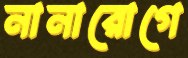
নানারোগে